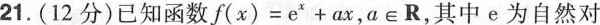
21.(12分)已知函数∫(x)=e^{2}+ax，a∈R，其中e为自然对